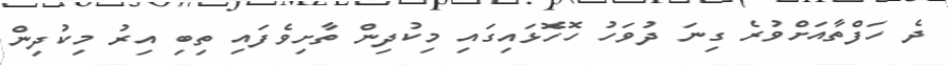
ދެ ހަފްތާއަށްވުރެ ގިނަ ދުވަހު ހޮހޮޅައިގައި މިކުދިން ތާށިވެފައި ތިބި އިރު މިކުދިން